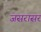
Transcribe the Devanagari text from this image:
जसरासर